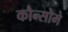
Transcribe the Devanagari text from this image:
कौन्सोमे